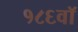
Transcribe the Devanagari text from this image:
१८६वॉ